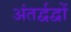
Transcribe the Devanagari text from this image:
अंतर्द्वद्वों